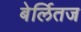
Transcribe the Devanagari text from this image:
बेर्लितज